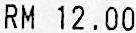
RM 12.00